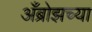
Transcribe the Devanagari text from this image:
अँब्रोझच्या